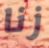
زنا